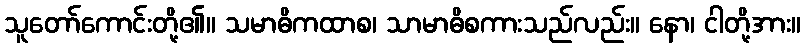
သူတော်ကောင်းတို့၏။ သမာဓိကထာစ၊ သာမာဓိစကားသည်လည်း။ နော၊ ငါတို့အား။